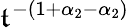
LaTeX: \mathfrak{t}^{-(1+\alpha_{2}-\alpha_{2})}